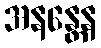
အနန္တေန